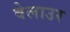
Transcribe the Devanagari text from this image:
वेलाउर